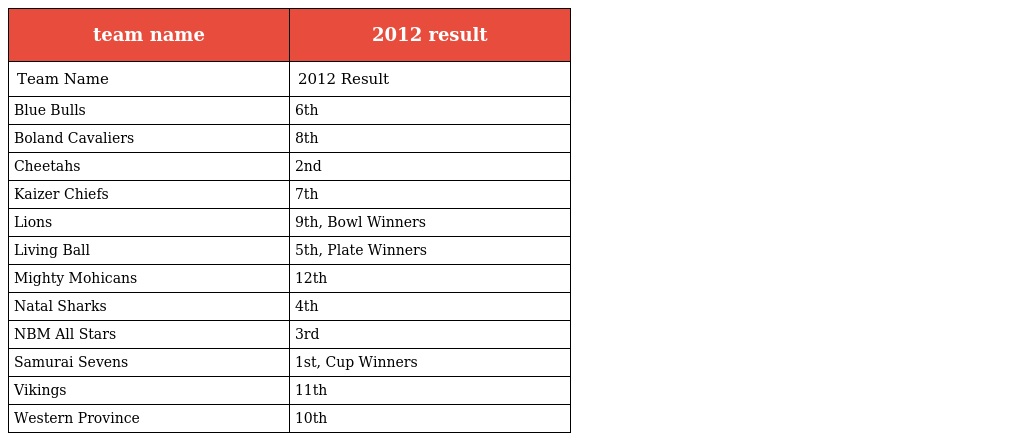
| team name | 2012 result |
 | --- | --- |
 | Team Name | 2012 Result |
 | Blue Bulls | 6th |
 | Boland Cavaliers | 8th |
 | Cheetahs | 2nd |
 | Kaizer Chiefs | 7th |
 | Lions | 9th, Bowl Winners |
 | Living Ball | 5th, Plate Winners |
 | Mighty Mohicans | 12th |
 | Natal Sharks | 4th |
 | NBM All Stars | 3rd |
 | Samurai Sevens | 1st, Cup Winners |
 | Vikings | 11th |
 | Western Province | 10th |